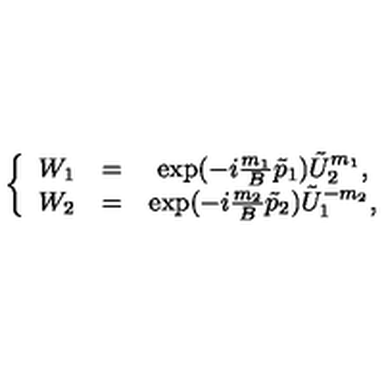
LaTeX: \left\{ \begin{array} { c c c } { W _ { 1 } } & { = } & { \exp ( - i \frac { m _ { 1 } } B \tilde { p } _ { 1 } ) \tilde { U } _ { 2 } ^ { m _ { 1 } } , } \\ { W _ { 2 } } & { = } & { \exp ( - i \frac { m _ { 2 } } B \tilde { p } _ { 2 } ) \tilde { U } _ { 1 } ^ { - m _ { 2 } } , } \\ \end{array} \right.